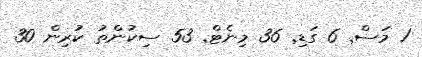
1 މަސް